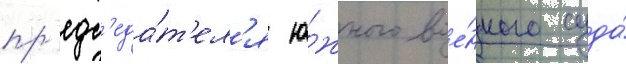
пр'едс'еда́т'ел'я ю́жного вое́нного суда́